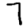
Digit: 7